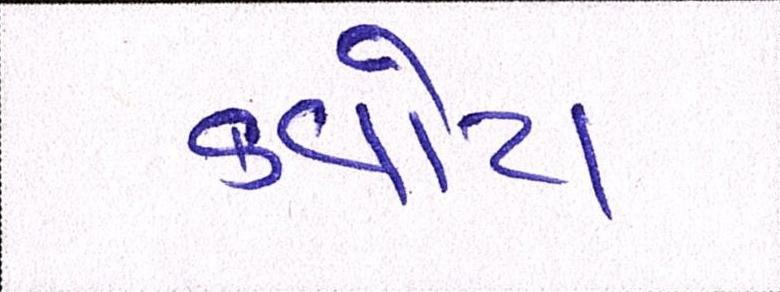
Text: ક્વોટા